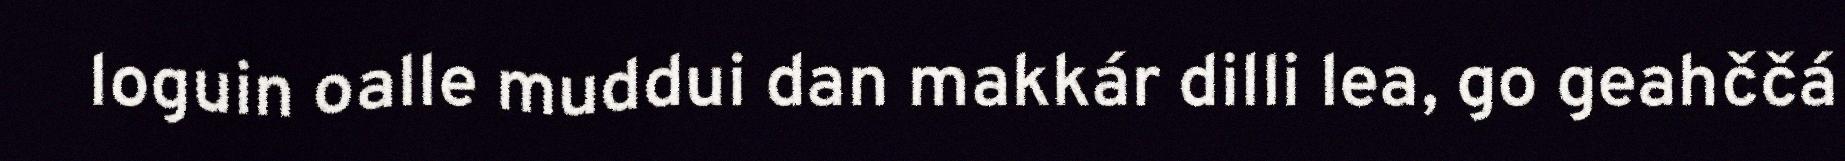
loguin oalle muddui dan makkár dilli lea, go geahččá